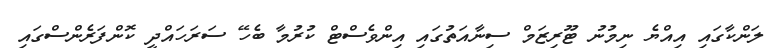
ލަންކާގައި އިއްޔެ ނިމުނު ޓޫރިޒަމް ސިނާއަތުގައި އިންވެސްޓް ކުރުމާ ބެހޭ ސަރަހައްދީ ކޮންފަރެންސްގައި